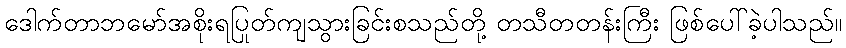
ဒေါက်တာဘမော်အစိုးရပြုတ်ကျသွားခြင်းစသည်တို့ တသီတတန်းကြီး ဖြစ်ပေါ်ခဲ့ပါသည်။